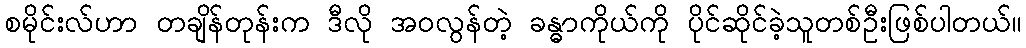
စမိုင်းလ်ဟာ တချိန်တုန်းက ဒီလို အဝလွန်တဲ့ ခန္ဓာကိုယ်ကို ပိုင်ဆိုင်ခဲ့သူတစ်ဦးဖြစ်ပါတယ်။